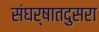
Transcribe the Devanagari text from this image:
संघर्षातदुसरा